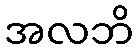
အလဘိ